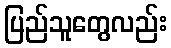
ပြည်သူတွေလည်း